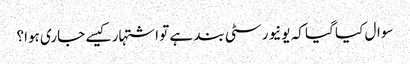
سوال کیا گیا کہ یونیورسٹی بند ہے تو اشتہار کیسے جاری ہوا؟